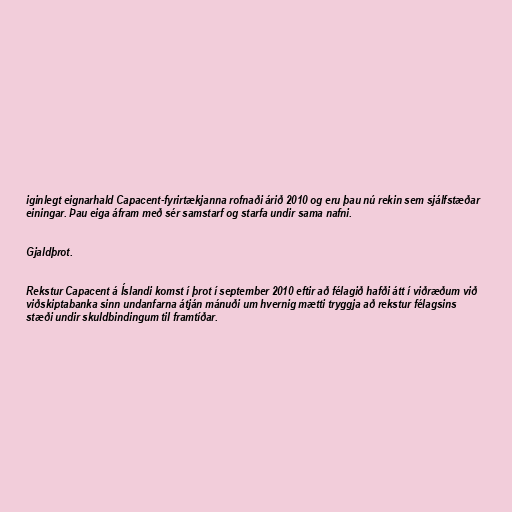
iginlegt eignarhald Capacent-fyrirtækjanna rofnaði árið 2010 og eru þau nú rekin sem sjálfstæðar
einingar. Þau eiga áfram með sér samstarf og starfa undir sama nafni.

Gjaldþrot.

Rekstur Capacent á Íslandi komst í þrot í september 2010 eftir að félagið hafði átt í viðræðum við
viðskiptabanka sinn undanfarna átján mánuði um hvernig mætti tryggja að rekstur félagsins
stæði undir skuldbindingum til framtíðar.